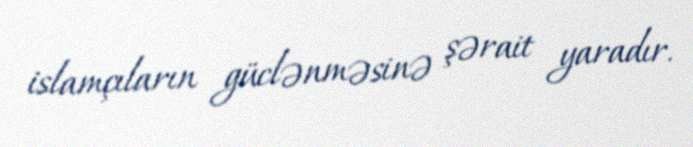
islamçıların güclənməsinə şərait yaradır.